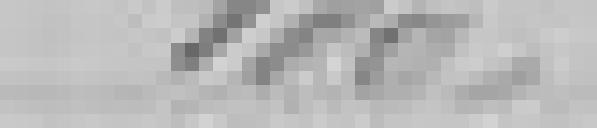
100